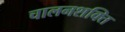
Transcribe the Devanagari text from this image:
चालनशक्ति